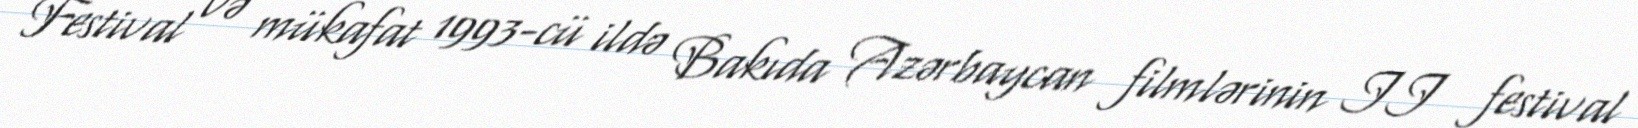
Festival və mükafat 1993-cü ildə Bakıda Azərbaycan filmlərinin II festival